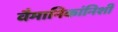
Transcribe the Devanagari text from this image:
वैमानिकांनिशी